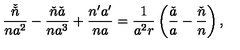
\frac { \check { \check { n } } } { n a ^ { 2 } } - \frac { \check { n } \check { a } } { n a ^ { 3 } } + \frac { n ^ { \prime } a ^ { \prime } } { n a } = \frac { 1 } { a ^ { 2 } r } \left( \frac { \check { a } } { a } - \frac { \check { n } } { n } \right) ,